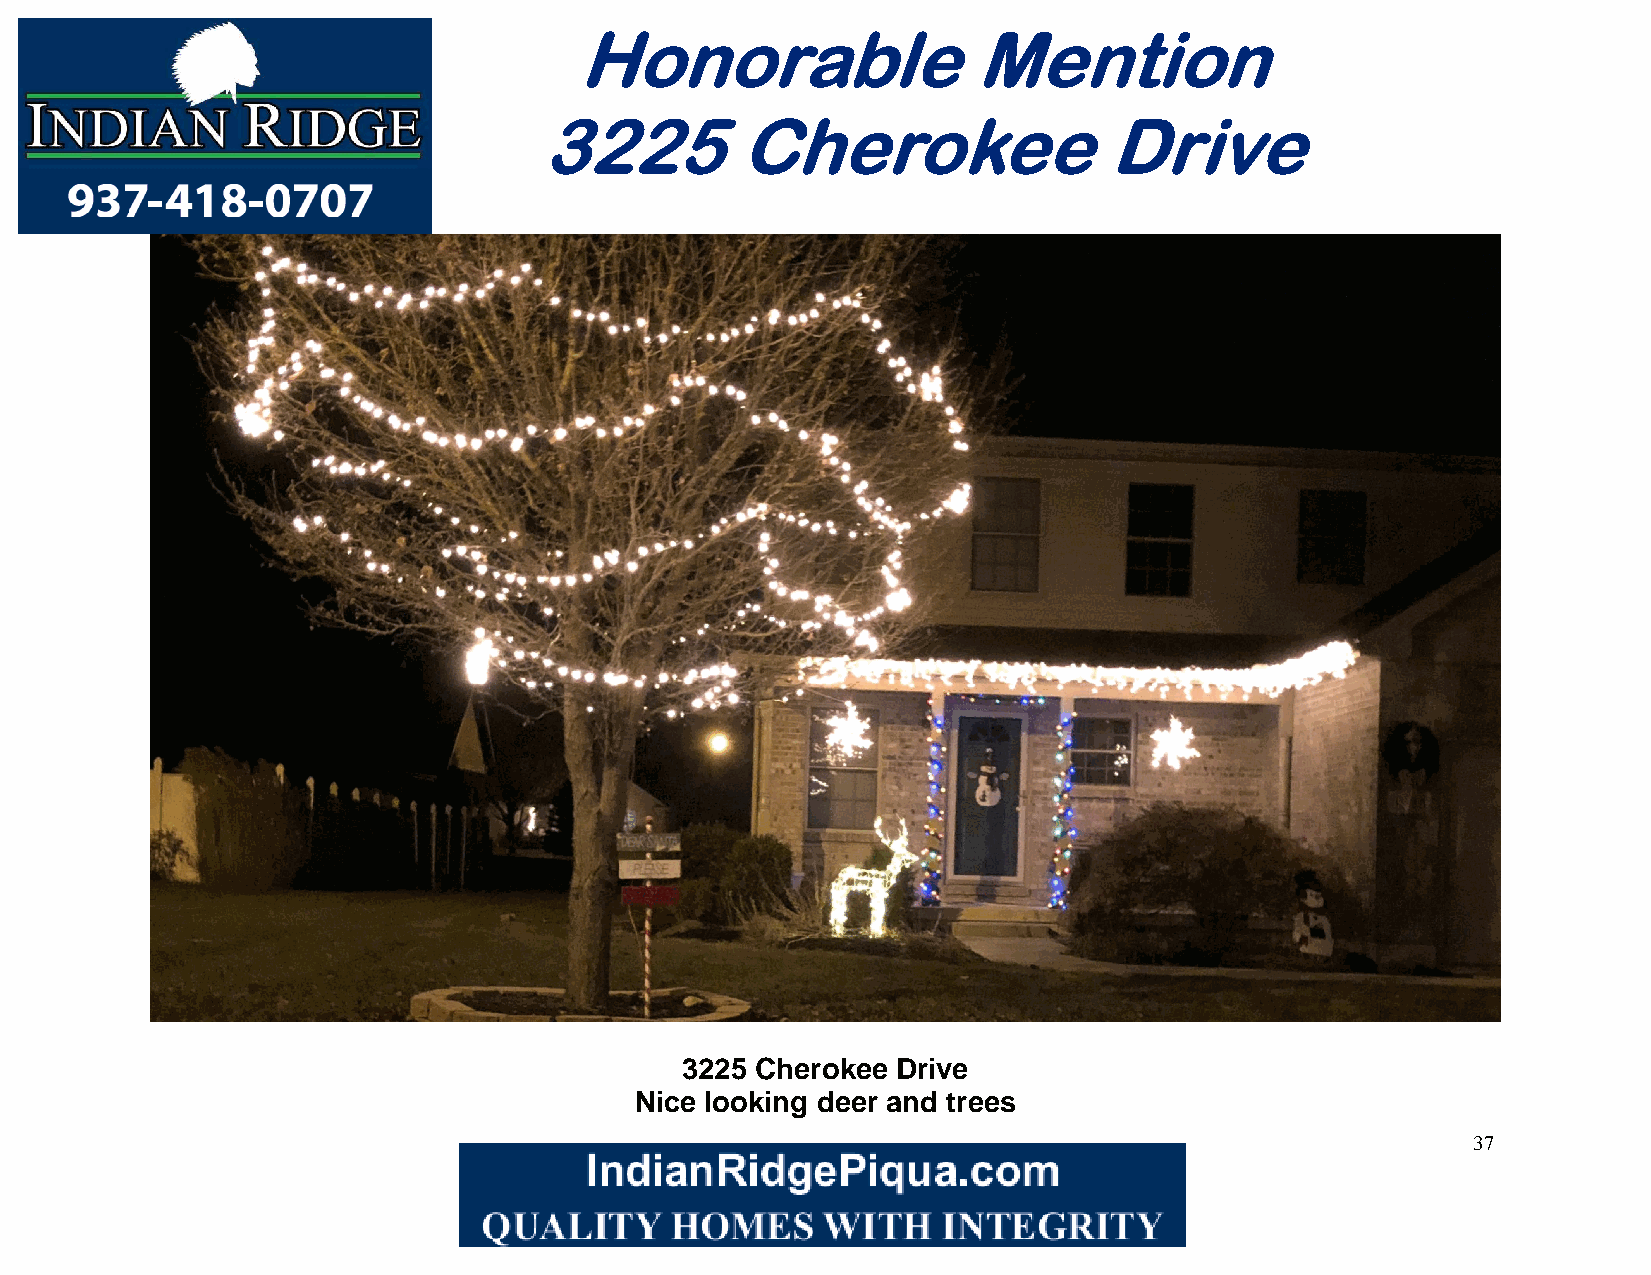
Honorable                 Mention
 3225         Cherokee                Drive
 3225 Cherokee Drive
 Nice looking deer and trees
 37